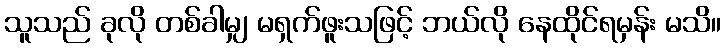
သူသည် ခုလို တစ်ခါမျှ မရှက်ဖူးသဖြင့် ဘယ်လို နေထိုင်ရမှန်း မသိ။